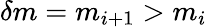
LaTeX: \delta m=m_{i+1}>m_{i}